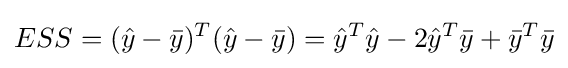
ESS=({\hat {y}}-{\bar {y}})^{T}({\hat {y}}-{\bar {y}})={\hat {y}}^{T}{\hat {y}}-2{\hat {y}}^{T}{\bar {y}}+{\bar {y}}^{T}{\bar {y}}